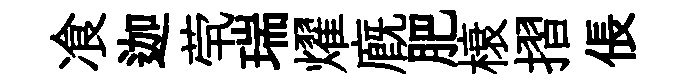
飡迦茕瑞燿廐肥榱摺倀